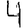
Digit: 4